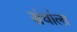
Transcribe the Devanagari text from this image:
संचांला